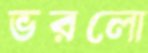
ভরলো